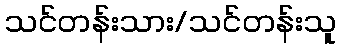
သင်တန်းသား/သင်တန်းသူ